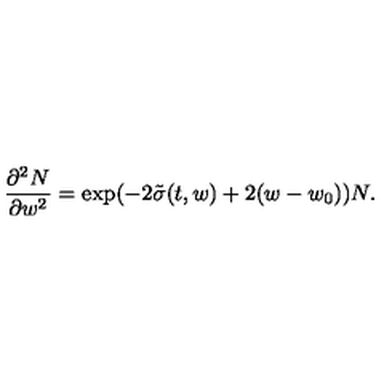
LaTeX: \frac { \partial ^ { 2 } N } { \partial w ^ { 2 } } = \exp ( - 2 \tilde { \sigma } ( t , w ) + 2 ( w - w _ { 0 } ) ) N .